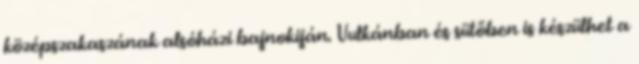
középszakaszának alsóházi bajnokiján. Vulkánban és sütőben is készülhet a